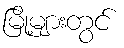
မြို့များတွင်